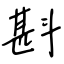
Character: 斟